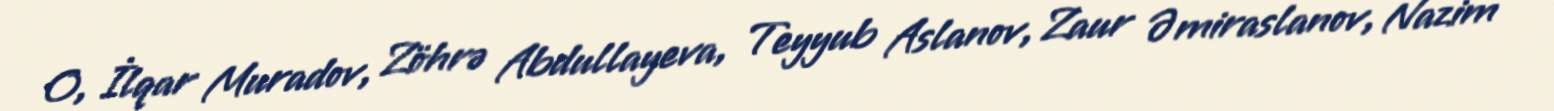
O, İlqar Muradov, Zöhrə Abdullayeva, Teyyub Aslanov, Zaur Əmiraslanov, Nazim